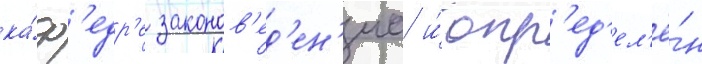
ка́ф'едр'е законов'ед'ен'иа и́ опр'ед'ел'ё́н